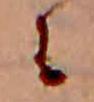
に